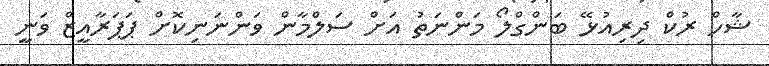
ޝާހް ރުކް ދިރިއުޅޭ ބަންގްލޯ މަންނަތު އަށް ސަލްމާން ވަންނަނިކޮށް ޕަޕަރާއީޒް ވަނީ